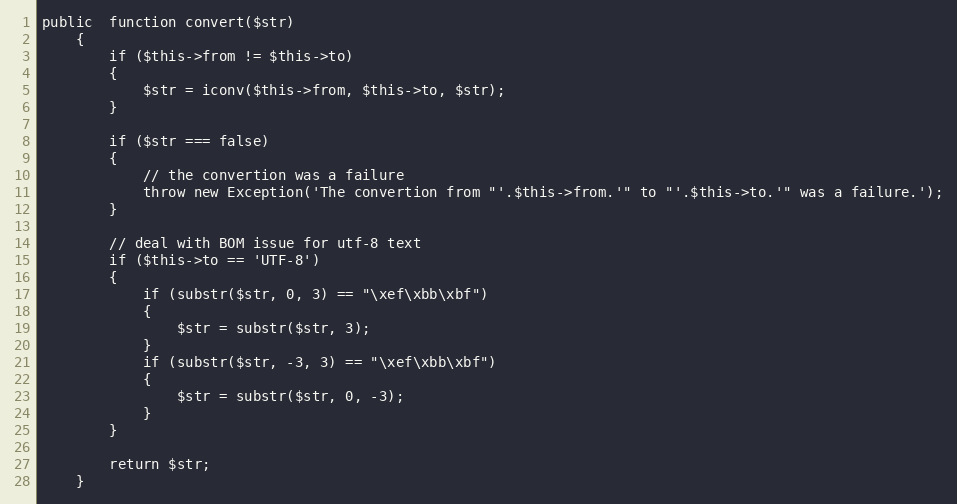
Language: PHP
public  function convert($str)
	{
		if ($this->from != $this->to)
		{
			$str = iconv($this->from, $this->to, $str);
		}

		if ($str === false)
		{
			// the convertion was a failure
			throw new Exception('The convertion from "'.$this->from.'" to "'.$this->to.'" was a failure.');
		}

		// deal with BOM issue for utf-8 text
		if ($this->to == 'UTF-8')
		{
			if (substr($str, 0, 3) == "\xef\xbb\xbf")
			{
				$str = substr($str, 3);
			}
			if (substr($str, -3, 3) == "\xef\xbb\xbf")
			{
				$str = substr($str, 0, -3);
			}
		}

		return $str;
	}